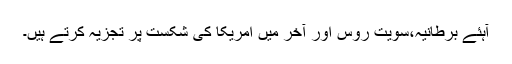
آہئے برطانیہ،سویت روس اور آخر میں امریکا کی شکست پر تجزیہ کرتے ہیں۔